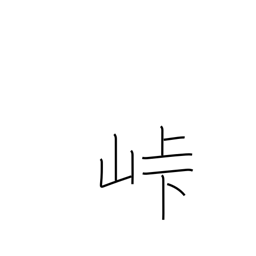
Meaning: crest